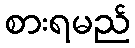
စားရမည်